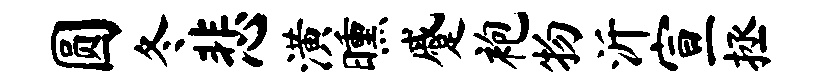
圆冬悲潢曛蹙袍物沂宣拯